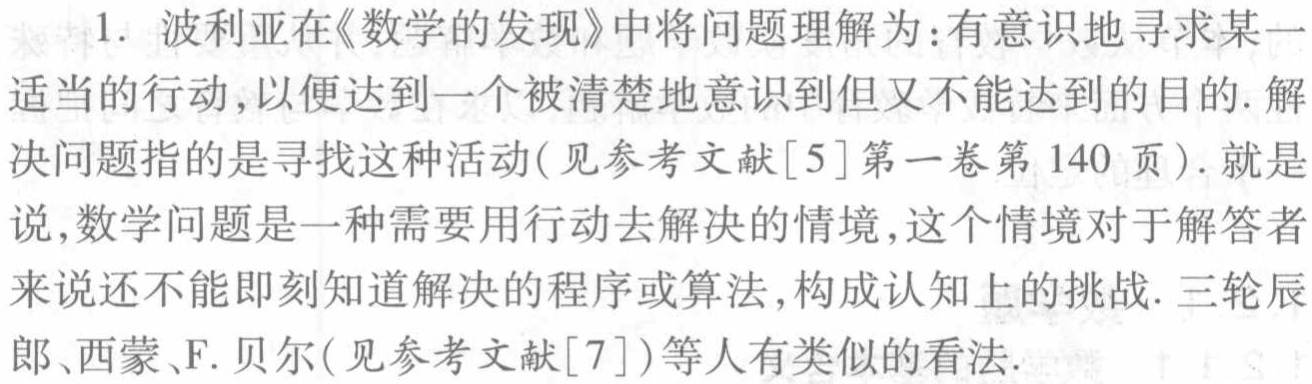
1. 波利亚在《数学的发现》中将问题理解为：有意识地寻求某一

适当的行动,以便达到一个被清楚地意识到但又不能达到的目的. 解

决问题指的是寻找这种活动(见参考文献[5]第一卷第 140 页). 就是

说,数学问题是一种需要用行动去解决的情境,这个情境对于解答者

来说还不能即刻知道解决的程序或算法,构成认知上的挑战. 三轮辰

郎、西蒙、F. 贝尔(见参考文献[7])等人有类似的看法.